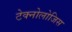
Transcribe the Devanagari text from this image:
टेक्नोलोजिस